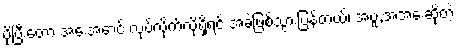
ပိုပြီးတော့ အေးအောင် လုပ်လိုက်လို့ရှိရင် အခဲဖြစ်သွားပြန်တယ်၊ အပူ,အအေးဆိုတဲ့